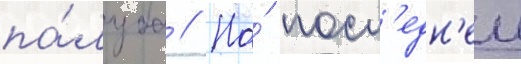
па́луба // На́ посл'едн'еи